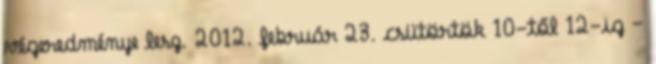
végeredménye lesz. 2012. február 23. csütörtök 10-től 12-ig –